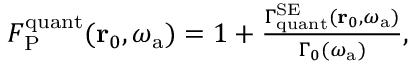
\begin{array} { r } { F _ { \mathrm { P } } ^ { \mathrm { q u a n t } } ( \mathbf { r } _ { 0 } , \omega _ { \mathrm { a } } ) = 1 + \frac { \Gamma _ { \mathrm { q u a n t } } ^ { \mathrm { S E } } ( \mathbf { r } _ { 0 } , \omega _ { \mathrm { a } } ) } { \Gamma _ { 0 } ( \omega _ { \mathrm { a } } ) } , } \end{array}